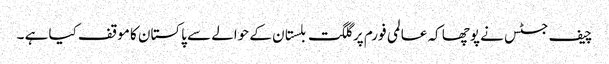
چیف جسٹس نے پوچھا کہ عالمی فورم پر گلگت بلستان کے حوالے سے پاکستان کا موقف کیا ہے ۔